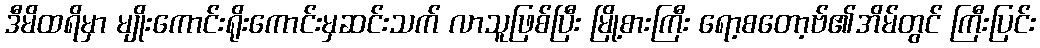
ဒီမိထရိမှာ မျိုးကောင်းရိုးကောင်းမှဆင်းသက် လာသူဖြစ်ပြီး မြို့စားကြီး ရော့စတော့ဗ်၏အိမ်တွင် ကြီးပြင်း